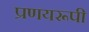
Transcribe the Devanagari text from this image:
प्रणयरूपी